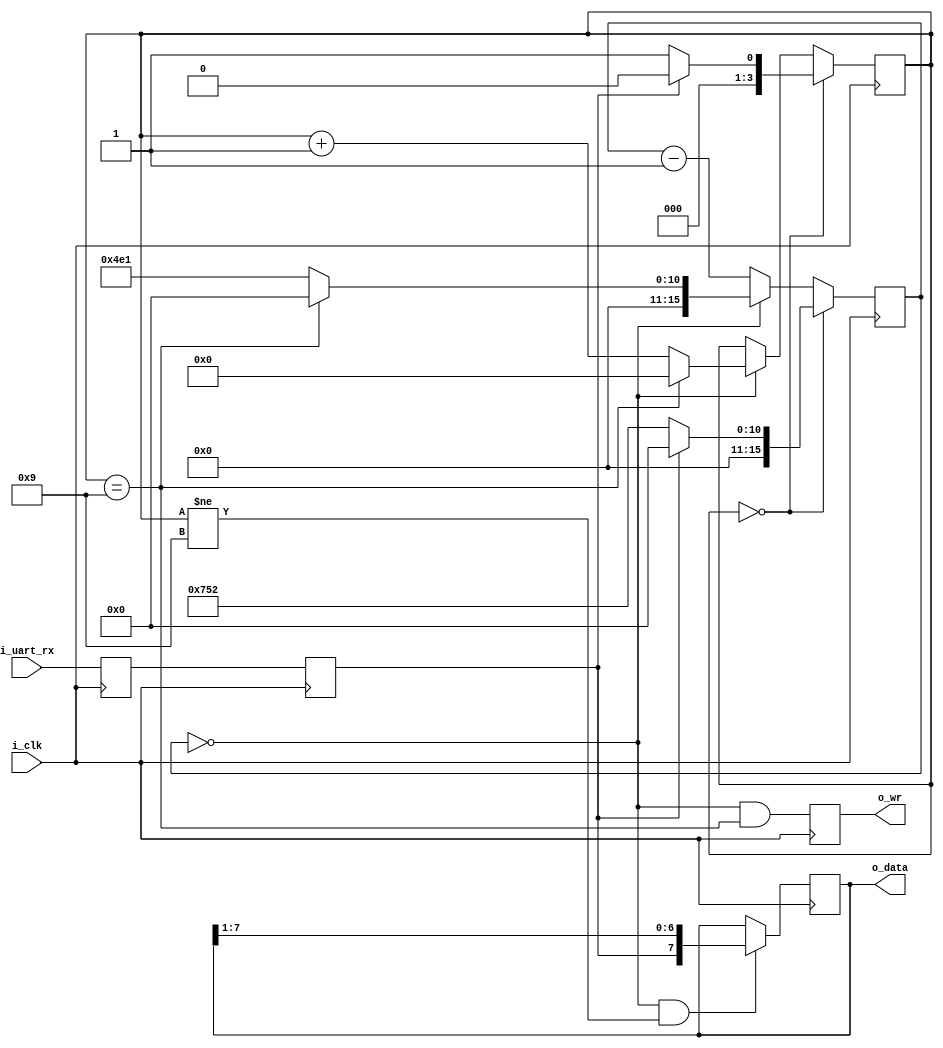
////////////////////////////////////////////////////////////////////////////////
//
//
// Project:	Verilog Tutorial Example file
//
// Purpose:	Receives a character from a UART (serial port) wire.  Key
//		features of this core include:
//
//	- The baud rate is constant, and set by the CLOCKS_PER_BAUD parameter.
//		To be successful, one baud interval must be (approximately)
//		equal to CLOCKS_PER_BAUD / CLOCK_RATE_HZ seconds long.
//
//	- The protocol used is the basic 8N1: 8 data bits, 1 stop bit, and no
//		parity.
//
//	- This core has no reset
//	- This core has no error detection for frame errors
//	- This core cannot detect, report, or even recover from, a break
//		condition on the line.  A break condition is defined as a
//		period of time where the i_uart_rx line is held low for longer
//		than one data byte (10 baud intervals)
//
//	- There's no clock rate detection in this core
//
//	Perhaps one of the nicer features of this core is that it (can be)
//	formally verified.  It depends upon a separate (formally verified)
//	transmit core for this purpose.
//
//	As with the other cores within this tutorial, there may (or may not) be
//	bugs within this design for you to find.
//
//
// Creator:	Dan Gisselquist, Ph.D.
//		Gisselquist Technology, LLC
//
////////////////////////////////////////////////////////////////////////////////
//
// Written and distributed by Gisselquist Technology, LLC
//
// This program is hereby granted to the public domain.
//
// This program is distributed in the hope that it will be useful, but WITHOUT
// ANY WARRANTY; without even the implied warranty of MERCHANTIBILITY or
// FITNESS FOR A PARTICULAR PURPOSE.
//
////////////////////////////////////////////////////////////////////////////////
//
//
`default_nettype	none
//
module rxuart(i_clk, i_uart_rx, o_wr, o_data
`ifdef	VERILATOR
		, o_setup
`endif
	);
`ifdef	VERILATOR
	parameter  [15:0]	CLOCKS_PER_BAUD = 25;
`else
	parameter  [15:0]	CLOCKS_PER_BAUD = 1250; //12MHz und 9600Hz Baud
`endif
	//
	localparam	[3:0]	IDLE      = 4'h0;
	localparam	[3:0]	BIT_ZERO  = 4'h1;
	// localparam	[3:0]	BIT_ONE   = 4'h2;
	// localparam	[3:0]	BIT_TWO   = 4'h3;
	// localparam	[3:0]	BIT_THREE = 4'h4;
	// localparam	[3:0]	BIT_FOUR  = 4'h5;
	// localparam	[3:0]	BIT_FIVE  = 4'h6;
	// localparam	[3:0]	BIT_SIX   = 4'h7;
	// localparam	[3:0]	BIT_SEVEN = 4'h8;
	localparam	[3:0]	STOP_BIT  = 4'h9;
	//
	input	wire		i_clk;
	input	wire		i_uart_rx;
	output	reg		o_wr;
	output	reg	[7:0]	o_data;
`ifdef	VERILATOR
	output	wire	[15:0]	o_setup;

	assign	o_setup = CLOCKS_PER_BAUD;
`endif

	reg	[3:0]		state;
	reg	[15:0]		baud_counter;
	reg			zero_baud_counter;

	// 2FF Synchronizer
	//
	reg		ck_uart;
	reg		q_uart;
	initial	{ ck_uart, q_uart } = -1;
	always @(posedge i_clk)
		{ ck_uart, q_uart } <= { q_uart, i_uart_rx };

	initial	state = IDLE;
	initial	baud_counter = 0;
	always @(posedge i_clk)
	if (state == IDLE)
	begin
		state <= IDLE;
		baud_counter <= 0;
		if (!ck_uart)
		begin
			state <= BIT_ZERO;
			baud_counter <= CLOCKS_PER_BAUD+CLOCKS_PER_BAUD/2-1'b1;
		end
	end else if (zero_baud_counter)
	begin
		state <= state + 1;
		baud_counter <= CLOCKS_PER_BAUD-1'b1;
		if (state == STOP_BIT)
		begin
			state <= IDLE;
			baud_counter <= 0;
		end
	end else
		baud_counter <= baud_counter - 1'b1;

	always @(*)
		zero_baud_counter = (baud_counter == 0);

	always @(posedge i_clk)
	if ((zero_baud_counter)&&(state != STOP_BIT))
		o_data <= { ck_uart, o_data[7:1] };

	initial	o_wr = 1'b0;
	always @(posedge i_clk)
		o_wr <= ((zero_baud_counter)&&(state == STOP_BIT));

`ifdef	FORMAL
	////////////////////////////////////////////////////////////////////////
	//
	// Assume a transmitter
	//
	////////////////////////////////////////////////////////////////////////
	(* anyseq *)	reg		f_tx_iwr;
	(* anyseq *)	reg	[7:0]	f_tx_idata;
			wire		f_tx_uart, f_tx_busy;
			wire	[7:0]	f_txdata;
			wire   [28-1:0] f_tx_counter;

	f_txuart #(CLOCKS_PER_BAUD)
		tx(i_clk, f_tx_iwr, f_tx_idata, f_tx_uart, f_tx_busy,
			f_txdata, f_tx_counter);

	always @(*)
		assume(i_uart_rx == f_tx_uart);

	////////////////////////////////////////////////////////////////////////
	//
	// Receiver checks!
	//
	////////////////////////////////////////////////////////////////////////
	//
	//

	reg	f_past_valid;
	initial	f_past_valid = 1'b0;
	always @(posedge i_clk)
		f_past_valid <= 1'b1;

	////////////////////////////////////////////////////////////////////////
	//
	// Contract
	//
	////////////////////////////////////////////////////////////////////////
	always @(*)
	if (o_wr)
		assert(o_data == f_txdata);

	always @(*)
		assert(o_wr == (f_tx_counter == 9 * CLOCKS_PER_BAUD + CLOCKS_PER_BAUD / 2 + 3));
	always @(*)
	if (state != IDLE)
		assert(f_tx_busy);

	////////////////////////////////////////////////////////////////////////
	//
	// Synchronize to the transmitter
	//
	////////////////////////////////////////////////////////////////////////
	always @(*)
	case(state)
	4'h0: begin // Idle state
		if (f_tx_uart)
			assert((f_tx_counter == 0)
			||f_tx_counter > CLOCKS_PER_BAUD * 9 + CLOCKS_PER_BAUD/2);
		else // if (!f_tx_uart)
			assert(f_tx_counter < 3);
		end
	4'h1: begin
		// Start state
		assert(CLOCKS_PER_BAUD+CLOCKS_PER_BAUD/2 - baud_counter == f_tx_counter-2);
		end
	4'h2:	begin
		assert(2*CLOCKS_PER_BAUD+CLOCKS_PER_BAUD/2 - baud_counter == f_tx_counter-2);
		assert(o_data[7] == f_txdata[0]);
		end
	4'h3:	begin
		assert(3*CLOCKS_PER_BAUD+CLOCKS_PER_BAUD/2 - baud_counter == f_tx_counter-2);
		assert(o_data[7:6] == f_txdata[1:0]);
		end
	4'h4:	begin
		assert(4*CLOCKS_PER_BAUD+CLOCKS_PER_BAUD/2 - baud_counter == f_tx_counter-2);
		assert(o_data[7:5] == f_txdata[2:0]);
		end
	4'h5:	begin
		assert(5*CLOCKS_PER_BAUD+CLOCKS_PER_BAUD/2 - baud_counter == f_tx_counter-2);
		assert(o_data[7:4] == f_txdata[3:0]);
		end
	4'h6:	begin
		assert(6*CLOCKS_PER_BAUD+CLOCKS_PER_BAUD/2 - baud_counter == f_tx_counter-2);
		assert(o_data[7:3] == f_txdata[4:0]);
		end
	4'h7:	begin
		assert(7*CLOCKS_PER_BAUD+CLOCKS_PER_BAUD/2 - baud_counter == f_tx_counter-2);
		assert(o_data[7:2] == f_txdata[5:0]);
		end
	4'h8:	begin
		assert(8*CLOCKS_PER_BAUD+CLOCKS_PER_BAUD/2 - baud_counter == f_tx_counter-2);
		assert(o_data[7:1] == f_txdata[6:0]);
		end
	4'h9:	begin
		assert(9*CLOCKS_PER_BAUD+CLOCKS_PER_BAUD/2 - baud_counter == f_tx_counter-2);
		assert(o_data[7:0] == f_txdata[7:0]);
		end
	endcase

	always @(*)
	begin
	assert(state <= STOP_BIT);
	if (state == IDLE)
		assert(zero_baud_counter);
	end

	always @(*)
	if (o_wr)
		assert((state == IDLE)&&(zero_baud_counter));

	always @(posedge i_clk)
	if ((f_past_valid)&&($past(state != STOP_BIT)))
		assert(!o_wr);

	always @(*)
		assert(zero_baud_counter == (baud_counter == 0));

	////////////////////////////////////////////////////////////////////////
	//
	// Cover
	//
	////////////////////////////////////////////////////////////////////////
	always @(posedge i_clk)
	if (f_past_valid)
		cover($past(o_wr));

	always @(posedge i_clk)
	begin
		cover((o_wr)&&(o_data == 8'hff));
		cover((o_wr)&&(o_data == 8'h00));
		cover((o_wr)&&(o_data == 8'h55));
		cover((o_wr)&&(o_data == 8'h33));
		cover((o_wr)&&(o_data == 8'h11));
		cover((o_wr)&&(o_data == 8'hf0));
		cover((o_wr)&&(o_data == 8'hcc));
	end

	reg	f_first_hit;

	initial	f_first_hit = 1'b0;
	always @(posedge i_clk)
	if ((o_wr)&&(o_data == 8'hf9))
		f_first_hit <= 1'b1;

	always @(posedge i_clk)
		cover((f_first_hit)&&(o_wr)&&(o_data == 8'hf9));

`endif // FORMAL
endmodule